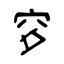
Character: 穸